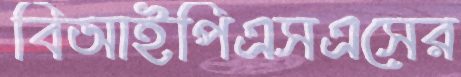
বিআইপিএসএসের